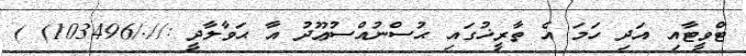
ޓްވީޓާއި އަދި ހަމަ އެ ތާރީޚުގައި ޙުސްނުއްސުޢޫދު އާ ޙަވާލާދީ ://./103496) )